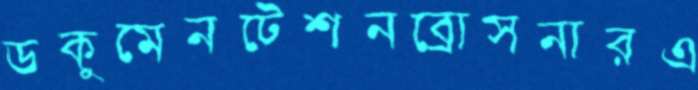
ডকুমেনটেশনব্রোসনারএ